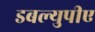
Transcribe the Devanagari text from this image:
डबल्युपीए